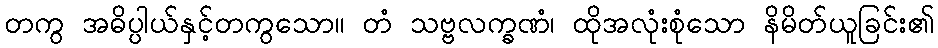
တကွ အဓိပ္ပါယ်နှင့်တကွသော။ တံ သဗ္ဗလက္ခဏံ၊ ထိုအလုံးစုံသော နိမိတ်ယူခြင်း၏